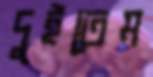
দুইতেম